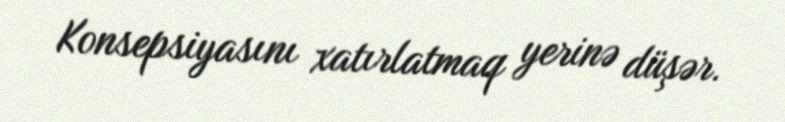
Konsepsiyasını xatırlatmaq yerinə düşər.